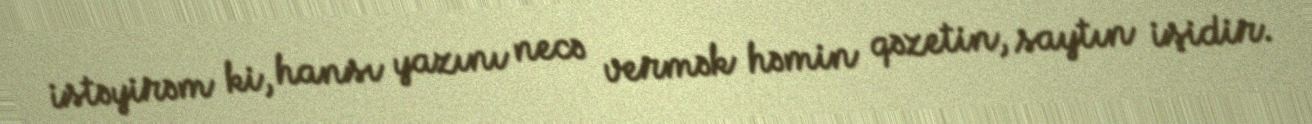
istəyirəm ki, hansı yazını necə vermək həmin qəzetin, saytın işidir.